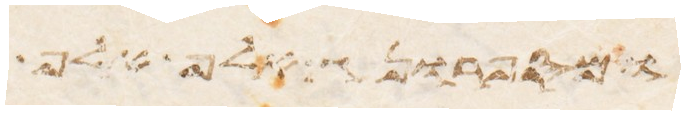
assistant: מאות אלף ואלף